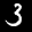
Label: 3